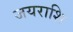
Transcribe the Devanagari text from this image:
जयराशि